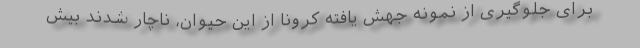
برای جلوگیری از نمونه جهش یافته کرونا از این حیوان، ناچار شدند بیش